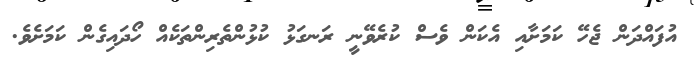
އުފައްދަން ޖެހޭ ކަމަށާއި އެކަން ވެސް ކުރެވޭނީ ރަނގަޅު ކުޅުންތެރިންތަކެއް ހޯދައިގެން ކަމަށެވެ.